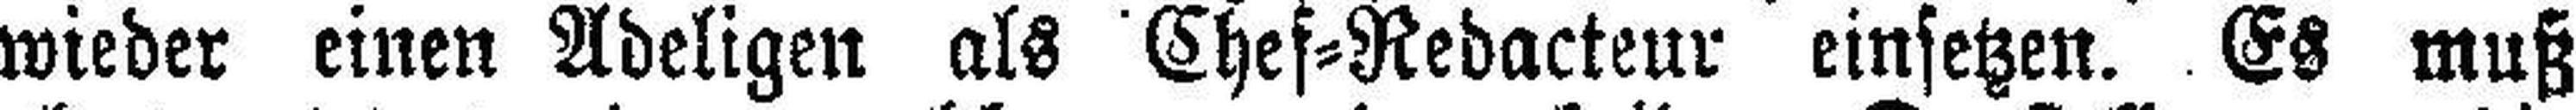
wieder einen Adeligen als Chef=Redacteur einsetzen. Es muß